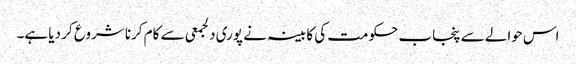
اس حوالے سے پنجاب حکومت کی کابینہ نے پوری دلجمعی سے کام کرنا شروع کر دیا ہے۔